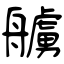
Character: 艣